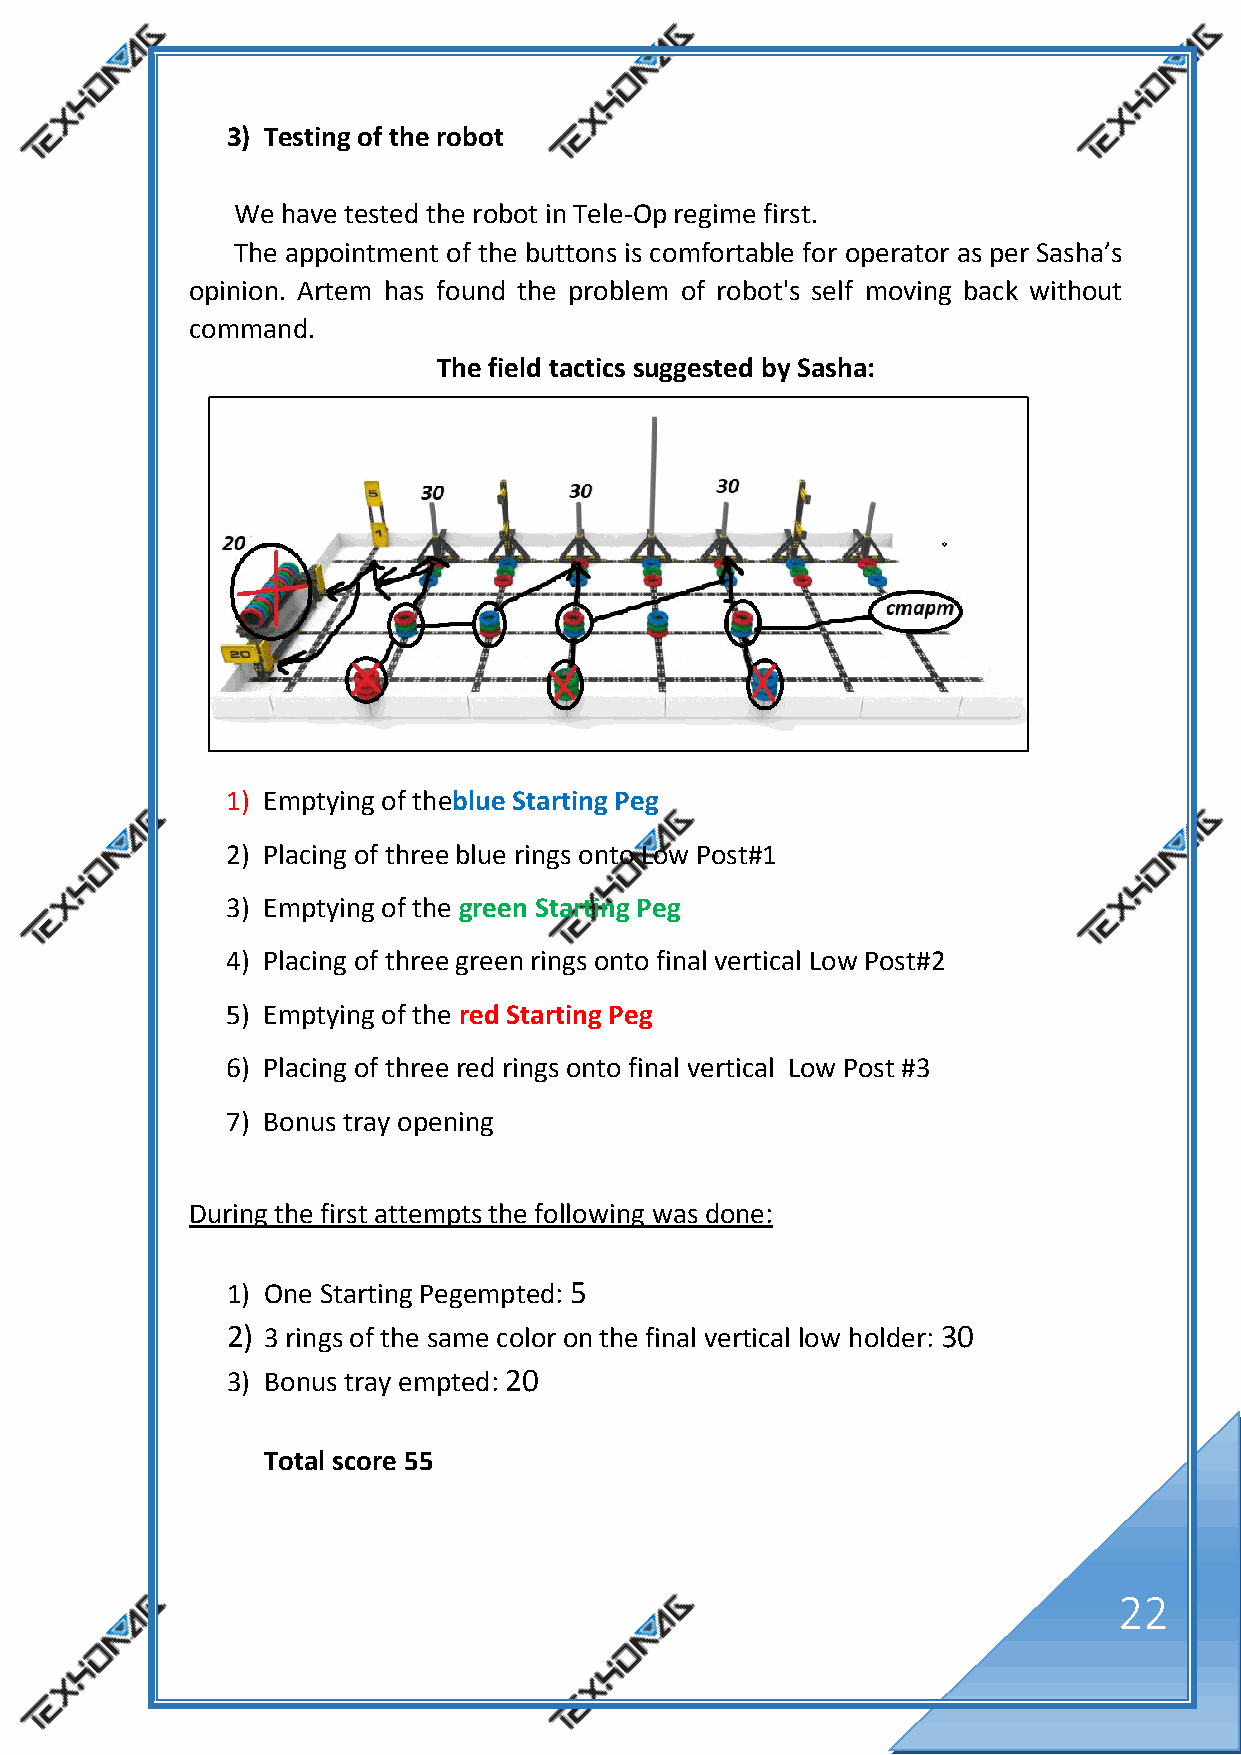
3) Testing of the robot
 We  have tested the robot in Tele-Op regime first.
 The appointment of the buttons is comfortable for operator as per Sasha’s
 opinion. Artem has found the problem of robot's self moving back without
 command.
 The field tactics suggested by Sasha:
 1) Emptying of theblue Starting Peg
 2) Placing of three blue rings onto Low Post#1
 3) Emptying of the green Starting Peg
 4) Placing of three green rings onto final vertical Low Post#2
 5) Emptying of the red Starting Peg
 6) Placing of three red rings onto final vertical Low Post #3
 7) Bonus tray opening
 During the first attempts the following was done:
 1) One Starting Pegempted: 5
 2) 3 rings of the same color on the final vertical low holder: 30
 3) Bonus tray empted: 20
 Total score 55
 22